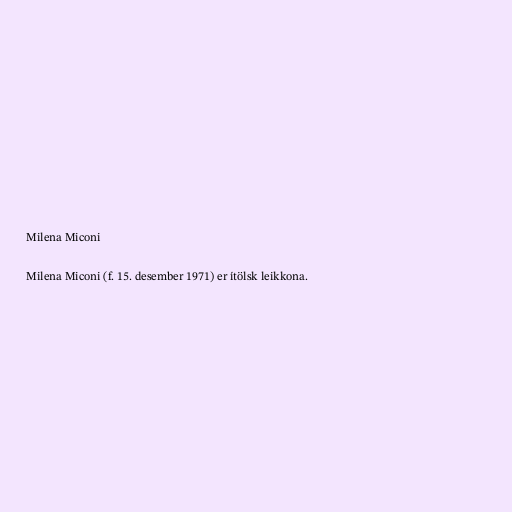
Milena Miconi

Milena Miconi (f. 15. desember 1971) er ítölsk leikkona.